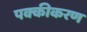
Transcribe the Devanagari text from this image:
पक्कीकरण